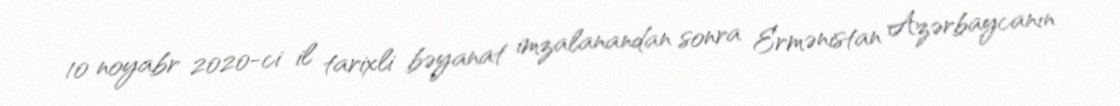
10 noyabr 2020-ci il tarixli bəyanat imzalanandan sonra Ermənistan Azərbaycanın